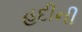
હદીની